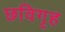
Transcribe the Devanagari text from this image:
छविगृह